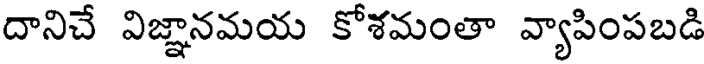
దానిచే విజ్ఞానమయ కోశమంతా వ్యాపింపబడి